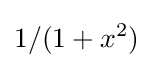
1/(1+x^{2})